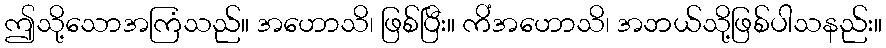
ဤသို့သောအကြံသည်။ အဟောသိ၊ ဖြစ်ပြီး။ ကိံအဟောသိ၊ အဘယ်သို့ဖြစ်ပါသနည်း။